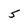
Character: 5